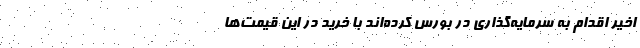
اخیر اقدام به سرمایه‌گذاری در بورس کرده‌اند با خرید در این قیمت‌ها